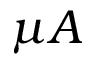
\mu A